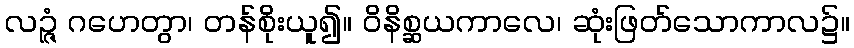
လဉ္ဇံ ဂဟေတွာ၊ တန်စိုးယူ၍။ ဝိနိစ္ဆယကာလေ၊ ဆုံးဖြတ်သောကာလ၌။